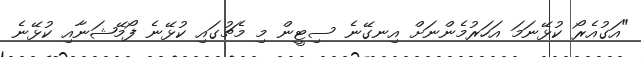
"އަގުއެރޯ ކުޅޭނަމަ އަހަރުމެންނަށް އިނގޭނެ ސިޓީން މި މެޗުގައި ކުޅޭނެ ފޯމޭޝަނާއި ކުޅޭނެ